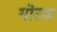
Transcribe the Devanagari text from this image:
योरक